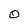
Character: O